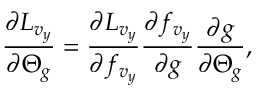
\frac { \partial L _ { v _ { y } } } { \partial \boldsymbol { \Theta } _ { g } } = \frac { \partial L _ { v _ { y } } } { \partial f _ { v _ { y } } } \frac { \partial f _ { v _ { y } } } { \partial g } \frac { \partial g } { \partial \boldsymbol { \Theta } _ { g } } ,